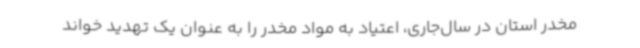
مخدر استان در سال‌جاری، اعتیاد به مواد مخدر را به عنوان یک تهدید خواند